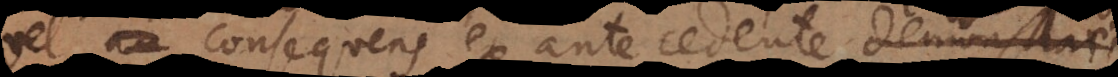
vel consequens ex antecedente demonstrari